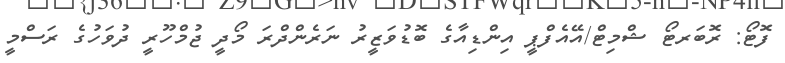
ފޮޓޯ: ރޮބަރޓޯ ޝްމިޓް/އޭއެފްޕީ އިންޑިއާގެ ބޮޑުވަޒީރު ނަރެންދްރަ މޯދީ ޖުމްހޫރީ ދުވަހުގެ ރަސްމީ